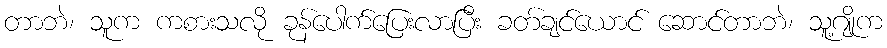
တာဘဲ၊ သူက ကစားသလို ခုန်ပေါက်ပြေးလာပြီး ခတ်ချင်ယောင် ဆောင်တာဘဲ၊ သူ့ဂျိုက